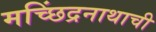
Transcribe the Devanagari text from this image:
मच्छिंद्रनाथाची